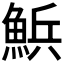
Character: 𮫽